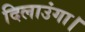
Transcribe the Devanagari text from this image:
दिलाउंगा।